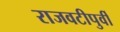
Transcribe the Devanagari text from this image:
राजवटीपुर्वी